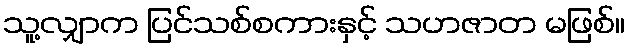
သူ့လျှာက ပြင်သစ်စကားနှင့် သဟဇာတ မဖြစ်။